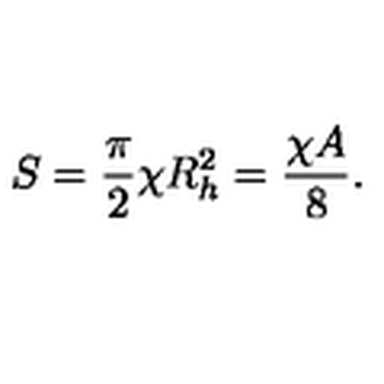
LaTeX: S = { \frac { \pi } { 2 } } \chi R _ { h } ^ { 2 } = { \frac { \chi A } { 8 } } .